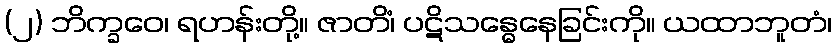
(၂) ဘိက္ခဝေ၊ ရဟန်းတို့။ ဇာတိံ၊ ပဋိသန္ဓေနေခြင်းကို။ ယထာဘူတံ၊